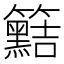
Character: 𥷫